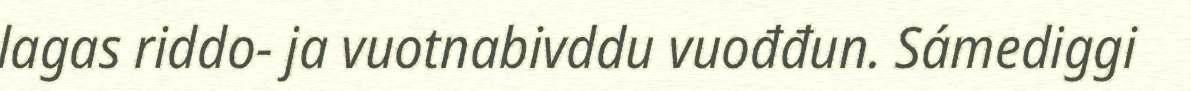
lagas riddo- ja vuotnabivddu vuođđun. Sámediggi